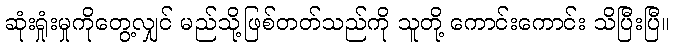
ဆုံးရှုံးမှုကိုတွေ့လျှင် မည်သို့ဖြစ်တတ်သည်ကို သူတို့ ကောင်းကောင်း သိပြီးပြီ။